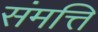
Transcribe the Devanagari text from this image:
संमत्ति